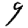
Digit: 9